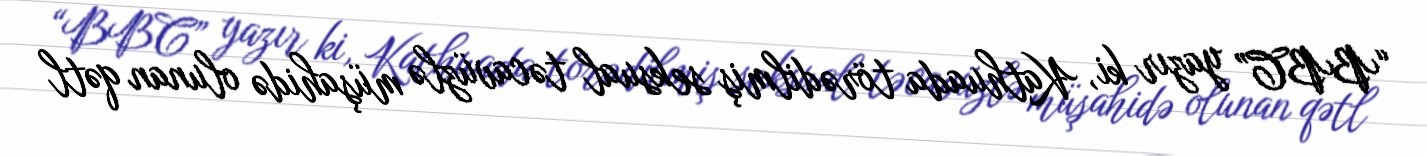
“BBC” yazır ki, Kathuada törədilmiş seksual təcavüzlə müşahidə olunan qətl